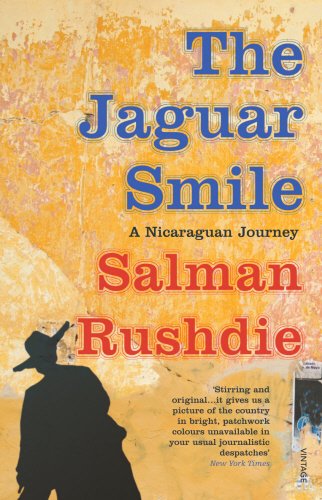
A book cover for The Jaguar Smile: A Nicaraguan Journey; Salman Rushdie; Travel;